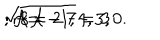
LaTeX: \sqrt { 8 { \cal A } - 7 } = 3 \hspace { 1 c m } ; { \cal A } = 2 \hspace { 1 c m } ; r = - 1 , 4 , 3 , 0 .